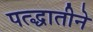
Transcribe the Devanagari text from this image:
पत्द्धातीने